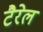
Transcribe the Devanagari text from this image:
टैरेल